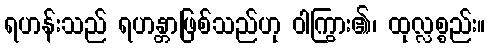
ရဟန်းသည် ရဟန္တာဖြစ်သည်ဟု ဝါကြွား၏၊ ထုလ္လစ္စည်း။